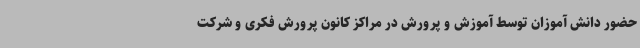
حضور دانش آموزان توسط آموزش و پرورش در مراکز کانون پرورش فکری و شرکت